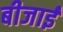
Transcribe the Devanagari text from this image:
बीजाई